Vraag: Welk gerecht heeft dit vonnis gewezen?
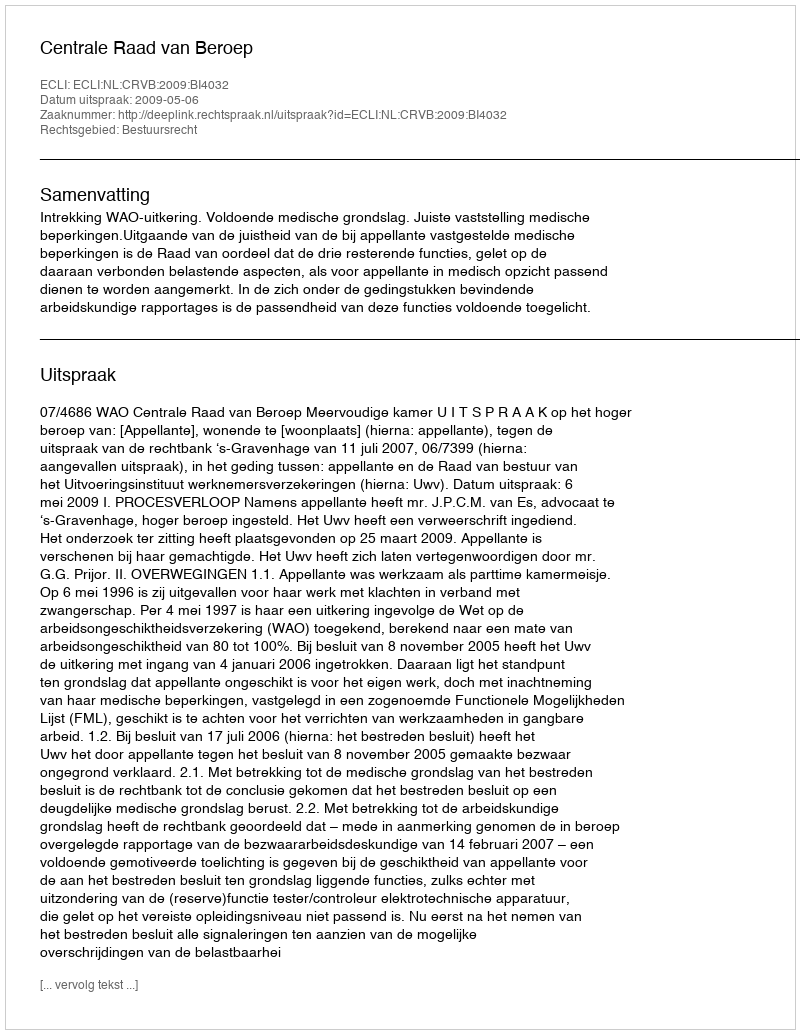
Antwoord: Centrale Raad van Beroep